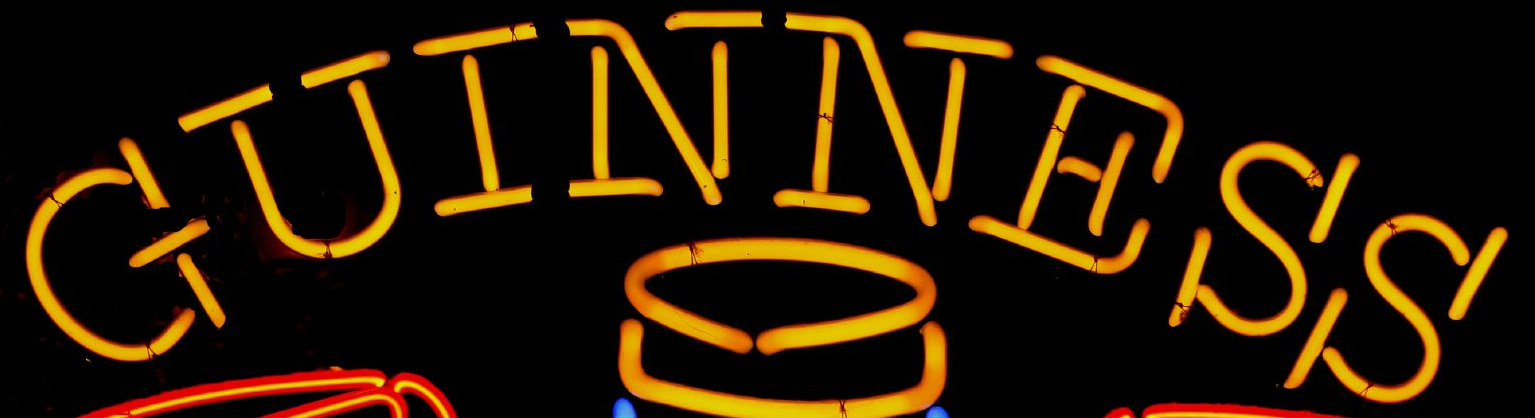
GUINNESS